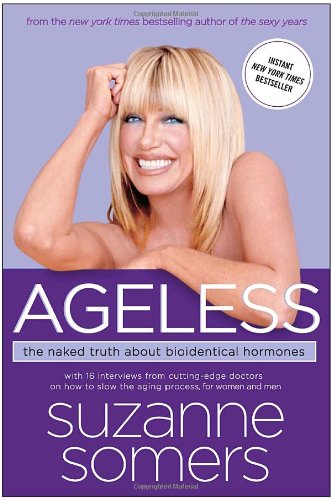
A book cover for Ageless: The Naked Truth About Bioidentical Hormones; Suzanne Somers; Health, Fitness & Dieting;